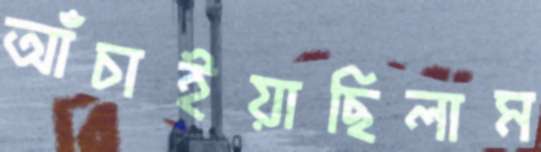
আঁচাইয়াছিলাম